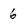
Character: 6